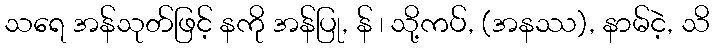
သရေ အန်သုတ်ဖြင့် နကို အန်ပြု, န် ၊ သို့ကပ်, (အနဿ), နာမ်ငဲ့, သိ